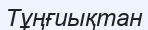
Тұңғиықтан